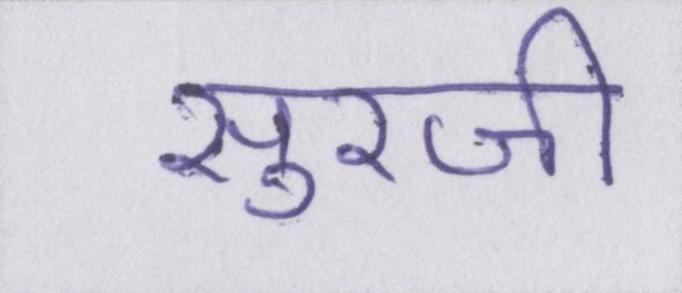
सुरजी